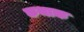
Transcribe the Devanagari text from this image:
कथाक